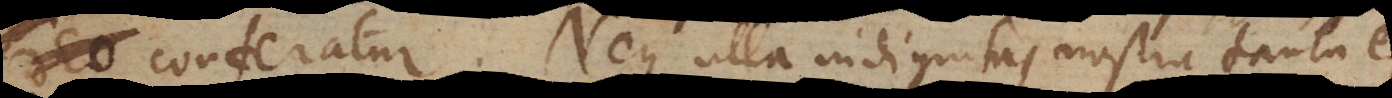
conferatur. Neque ulla indignitas nostra tanta